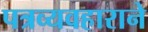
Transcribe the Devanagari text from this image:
पत्रव्यवहाराने